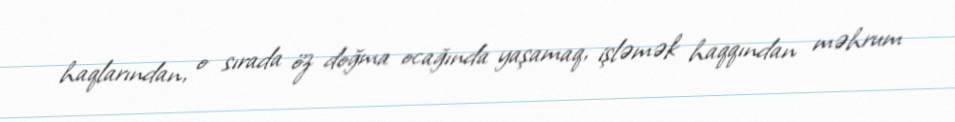
haqlarından, o sırada öz doğma ocağında yaşamaq, işləmək haqqından məhrum